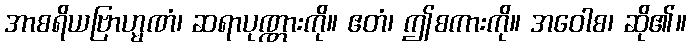
အာစရိယဗြာဟ္မဏံ၊ ဆရာပုဏ္ဏားကို။ ဧတံ၊ ဤစကားကို။ အဝေါစ၊ ဆို၏။